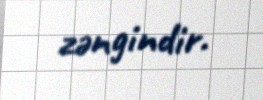
zəngindir.